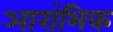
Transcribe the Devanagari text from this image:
आरांभिक